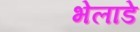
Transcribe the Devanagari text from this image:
भेलाडे